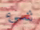
شيء